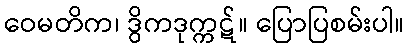
ဝေမတိက၊ ဒွိကဒုက္ကဋ်။ ပြောပြစမ်းပါ။